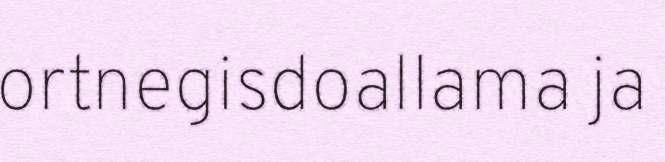
ortnegisdoallama ja